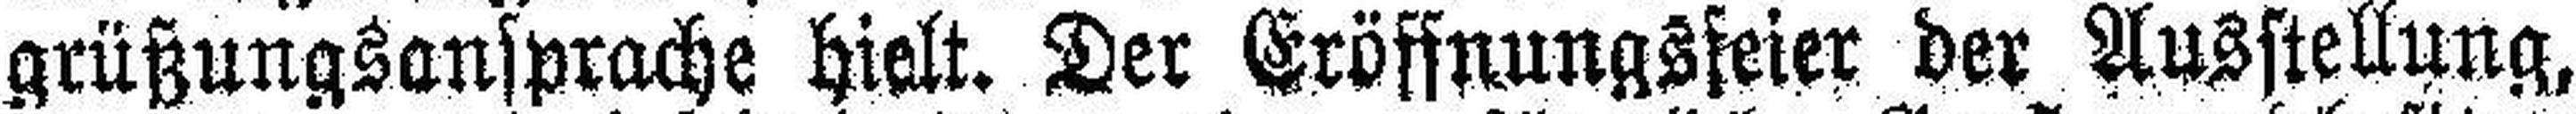
grüßungsansprache hielt. Der Eröffnungsfeier der Ausstellung,